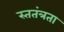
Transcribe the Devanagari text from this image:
स्ततंत्रता